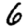
Digit: 6